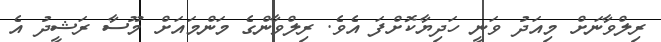
ރިލްވާނަށް މިއަދު ވަނީ ހަދިޔާކޮށްފަ އެވެ. ރިލްވާންގެ މަންމައަށް މޫސާ ރަޝީދު އެ